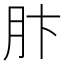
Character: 𫆘